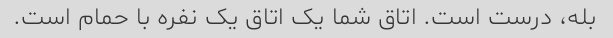
بله، درست است. اتاق شما یک اتاق یک نفره با حمام است.